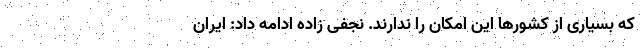
که بسیاری از کشورها این امکان را ندارند. نجفی زاده ادامه داد: ایران